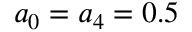
a _ { 0 } = a _ { 4 } = 0 . 5